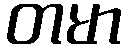
တမာ